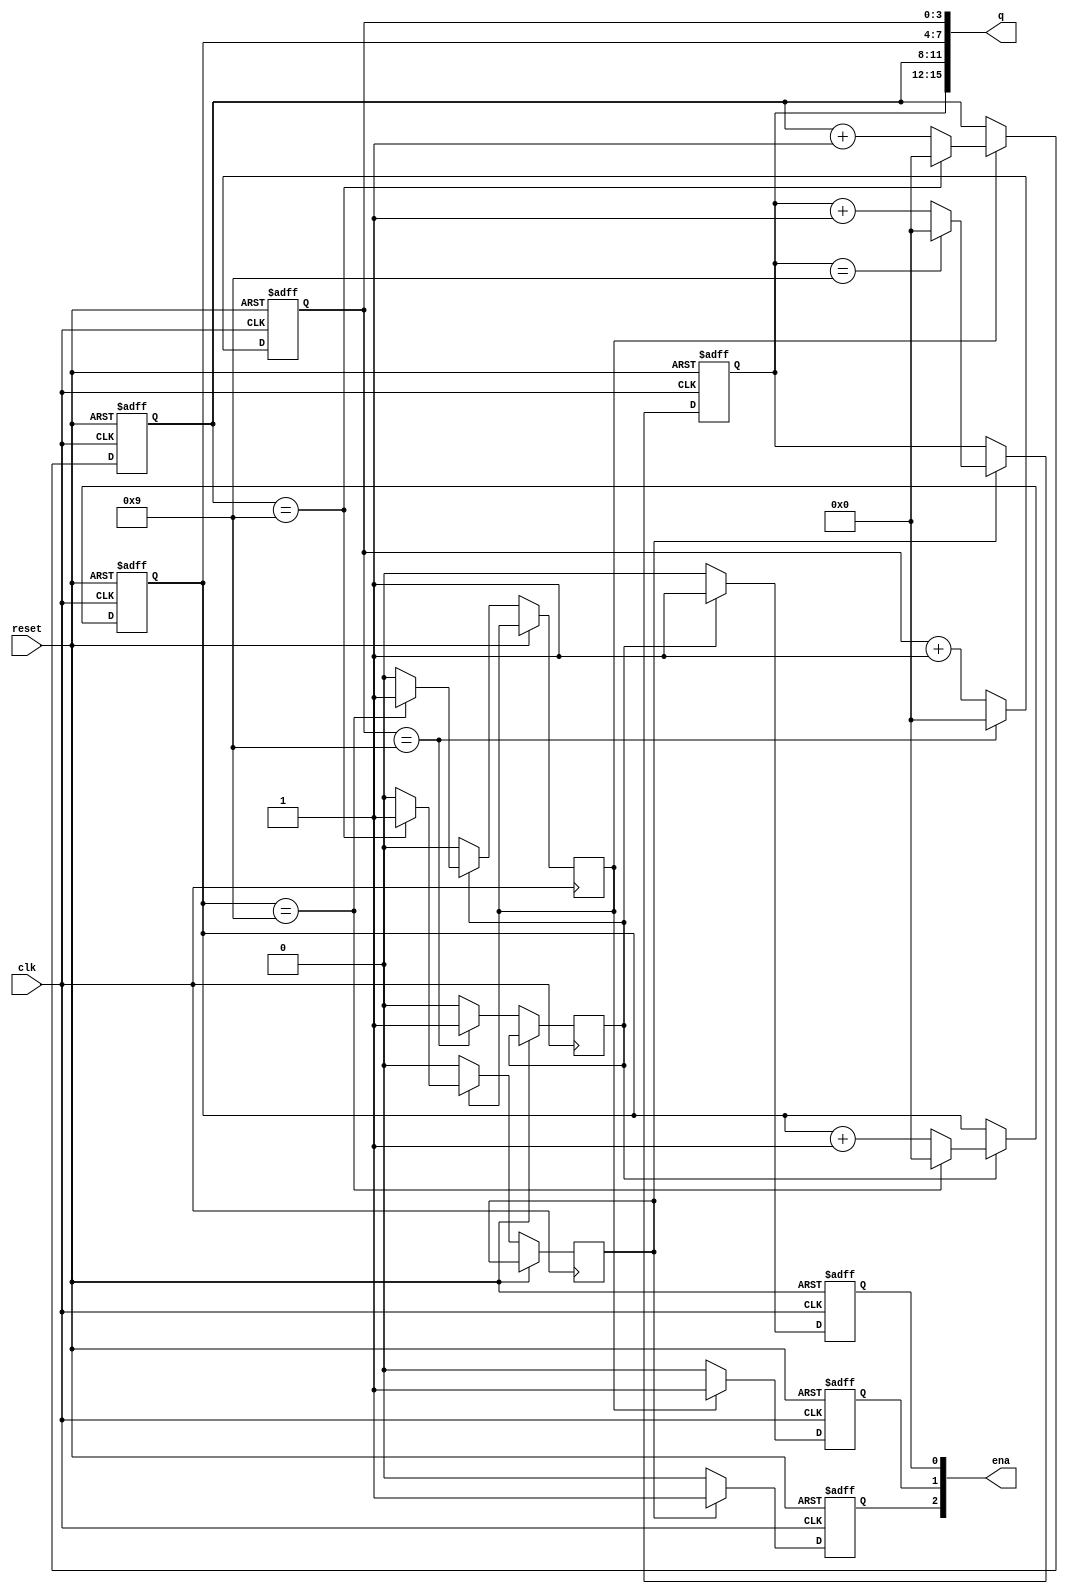
module top_module (
    input wire clk,
    input wire reset,
    output reg [3:1] ena,
    output reg [15:0] q
);
    // Define intermediate carry signals
    wire carry0, carry1, carry2;

    // Always block for the lowest 4 bits (ones digit)
    always @(posedge clk or posedge reset) begin
        if (reset) begin
            q[3:0] <= 4'b0000;
        end else if (q[3:0] == 4'b1001) begin
            q[3:0] <= 4'b0000;
            carry0 <= 1'b1;
        end else begin
            q[3:0] <= q[3:0] + 1;
            carry0 <= 1'b0;
        end
    end

    // Always block for the next 4 bits (tens digit)
    always @(posedge clk or posedge reset) begin
        if (reset) begin
            q[7:4] <= 4'b0000;
            ena[1] <= 1'b0;
        end else if (carry0) begin
            if (q[7:4] == 4'b1001) begin
                q[7:4] <= 4'b0000;
                ena[1] <= 1'b1;
                carry1 <= 1'b1;
            end else begin
                q[7:4] <= q[7:4] + 1;
                ena[1] <= 1'b1;
                carry1 <= 1'b0;
            end
        end else begin
            ena[1] <= 1'b0;
            carry1 <= 1'b0;
        end
    end

    // Always block for the next 4 bits (hundreds digit)
    always @(posedge clk or posedge reset) begin
        if (reset) begin
            q[11:8] <= 4'b0000;
            ena[2] <= 1'b0;
        end else if (carry1) begin
            if (q[11:8] == 4'b1001) begin
                q[11:8] <= 4'b0000;
                ena[2] <= 1'b1;
                carry2 <= 1'b1;
            end else begin
                q[11:8] <= q[11:8] + 1;
                ena[2] <= 1'b1;
                carry2 <= 1'b0;
            end
        end else begin
            ena[2] <= 1'b0;
            carry2 <= 1'b0;
        end
    end

    // Always block for the next 4 bits (thousands digit)
    always @(posedge clk or posedge reset) begin
        if (reset) begin
            q[15:12] <= 4'b0000;
            ena[3] <= 1'b0;
        end else if (carry2) begin
            if (q[15:12] == 4'b1001) begin
                q[15:12] <= 4'b0000;
                ena[3] <= 1'b1;
            end else begin
                q[15:12] <= q[15:12] + 1;
                ena[3] <= 1'b1;
            end
        end else begin
            ena[3] <= 1'b0;
        end
    end
endmodule